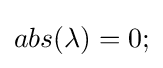
abs(\lambda )=0;